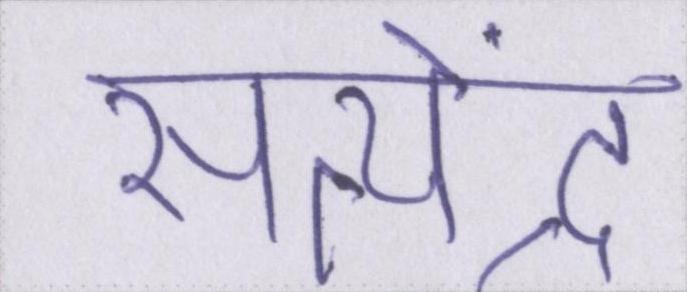
सत्येंद्र